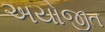
અયોજીત